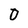
Character: 0